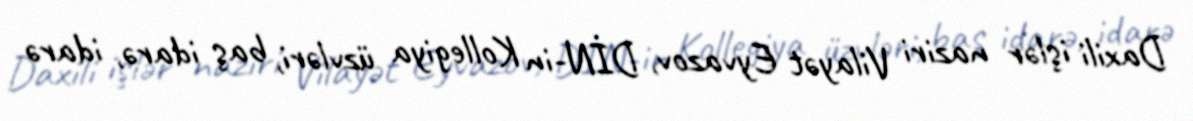
Daxili işlər naziri Vilayət Eyvazov, DİN-in Kollegiya üzvləri, baş idarə, idarə